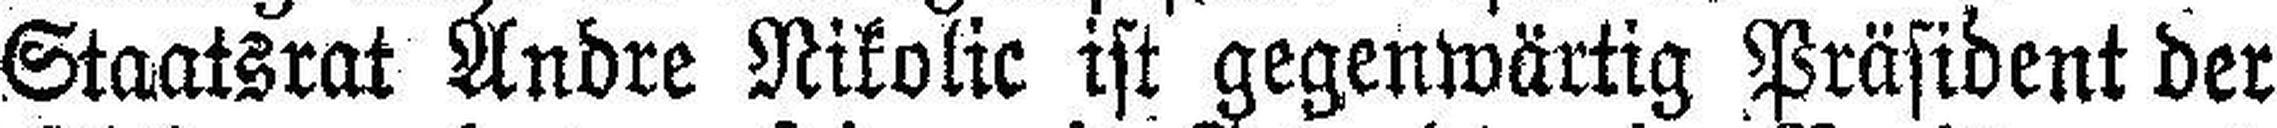
Staatsrat Andre Nikolic ist gegenwärtig Präsident der